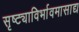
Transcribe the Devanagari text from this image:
सृष्ट्याविर्भावमासाद्य